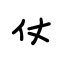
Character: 仗